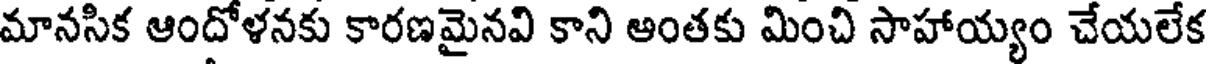
మానసిక ఆందోళనకు కారణమైనవి కాని అంతకు మించి సాహాయ్యం చేయలేక